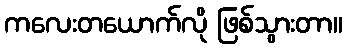
ကလေးတယောက်လို ဖြစ်သွားတာ။